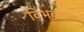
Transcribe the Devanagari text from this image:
विभक्त्यंत